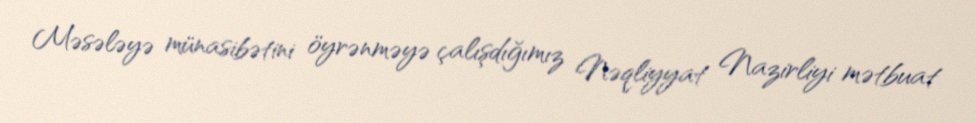
Məsələyə münasibətini öyrənməyə çalışdığımız Nəqliyyat Nazirliyi mətbuat